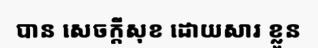
បាន សេចក្តីសុខ ដោយសារ ខ្លួន